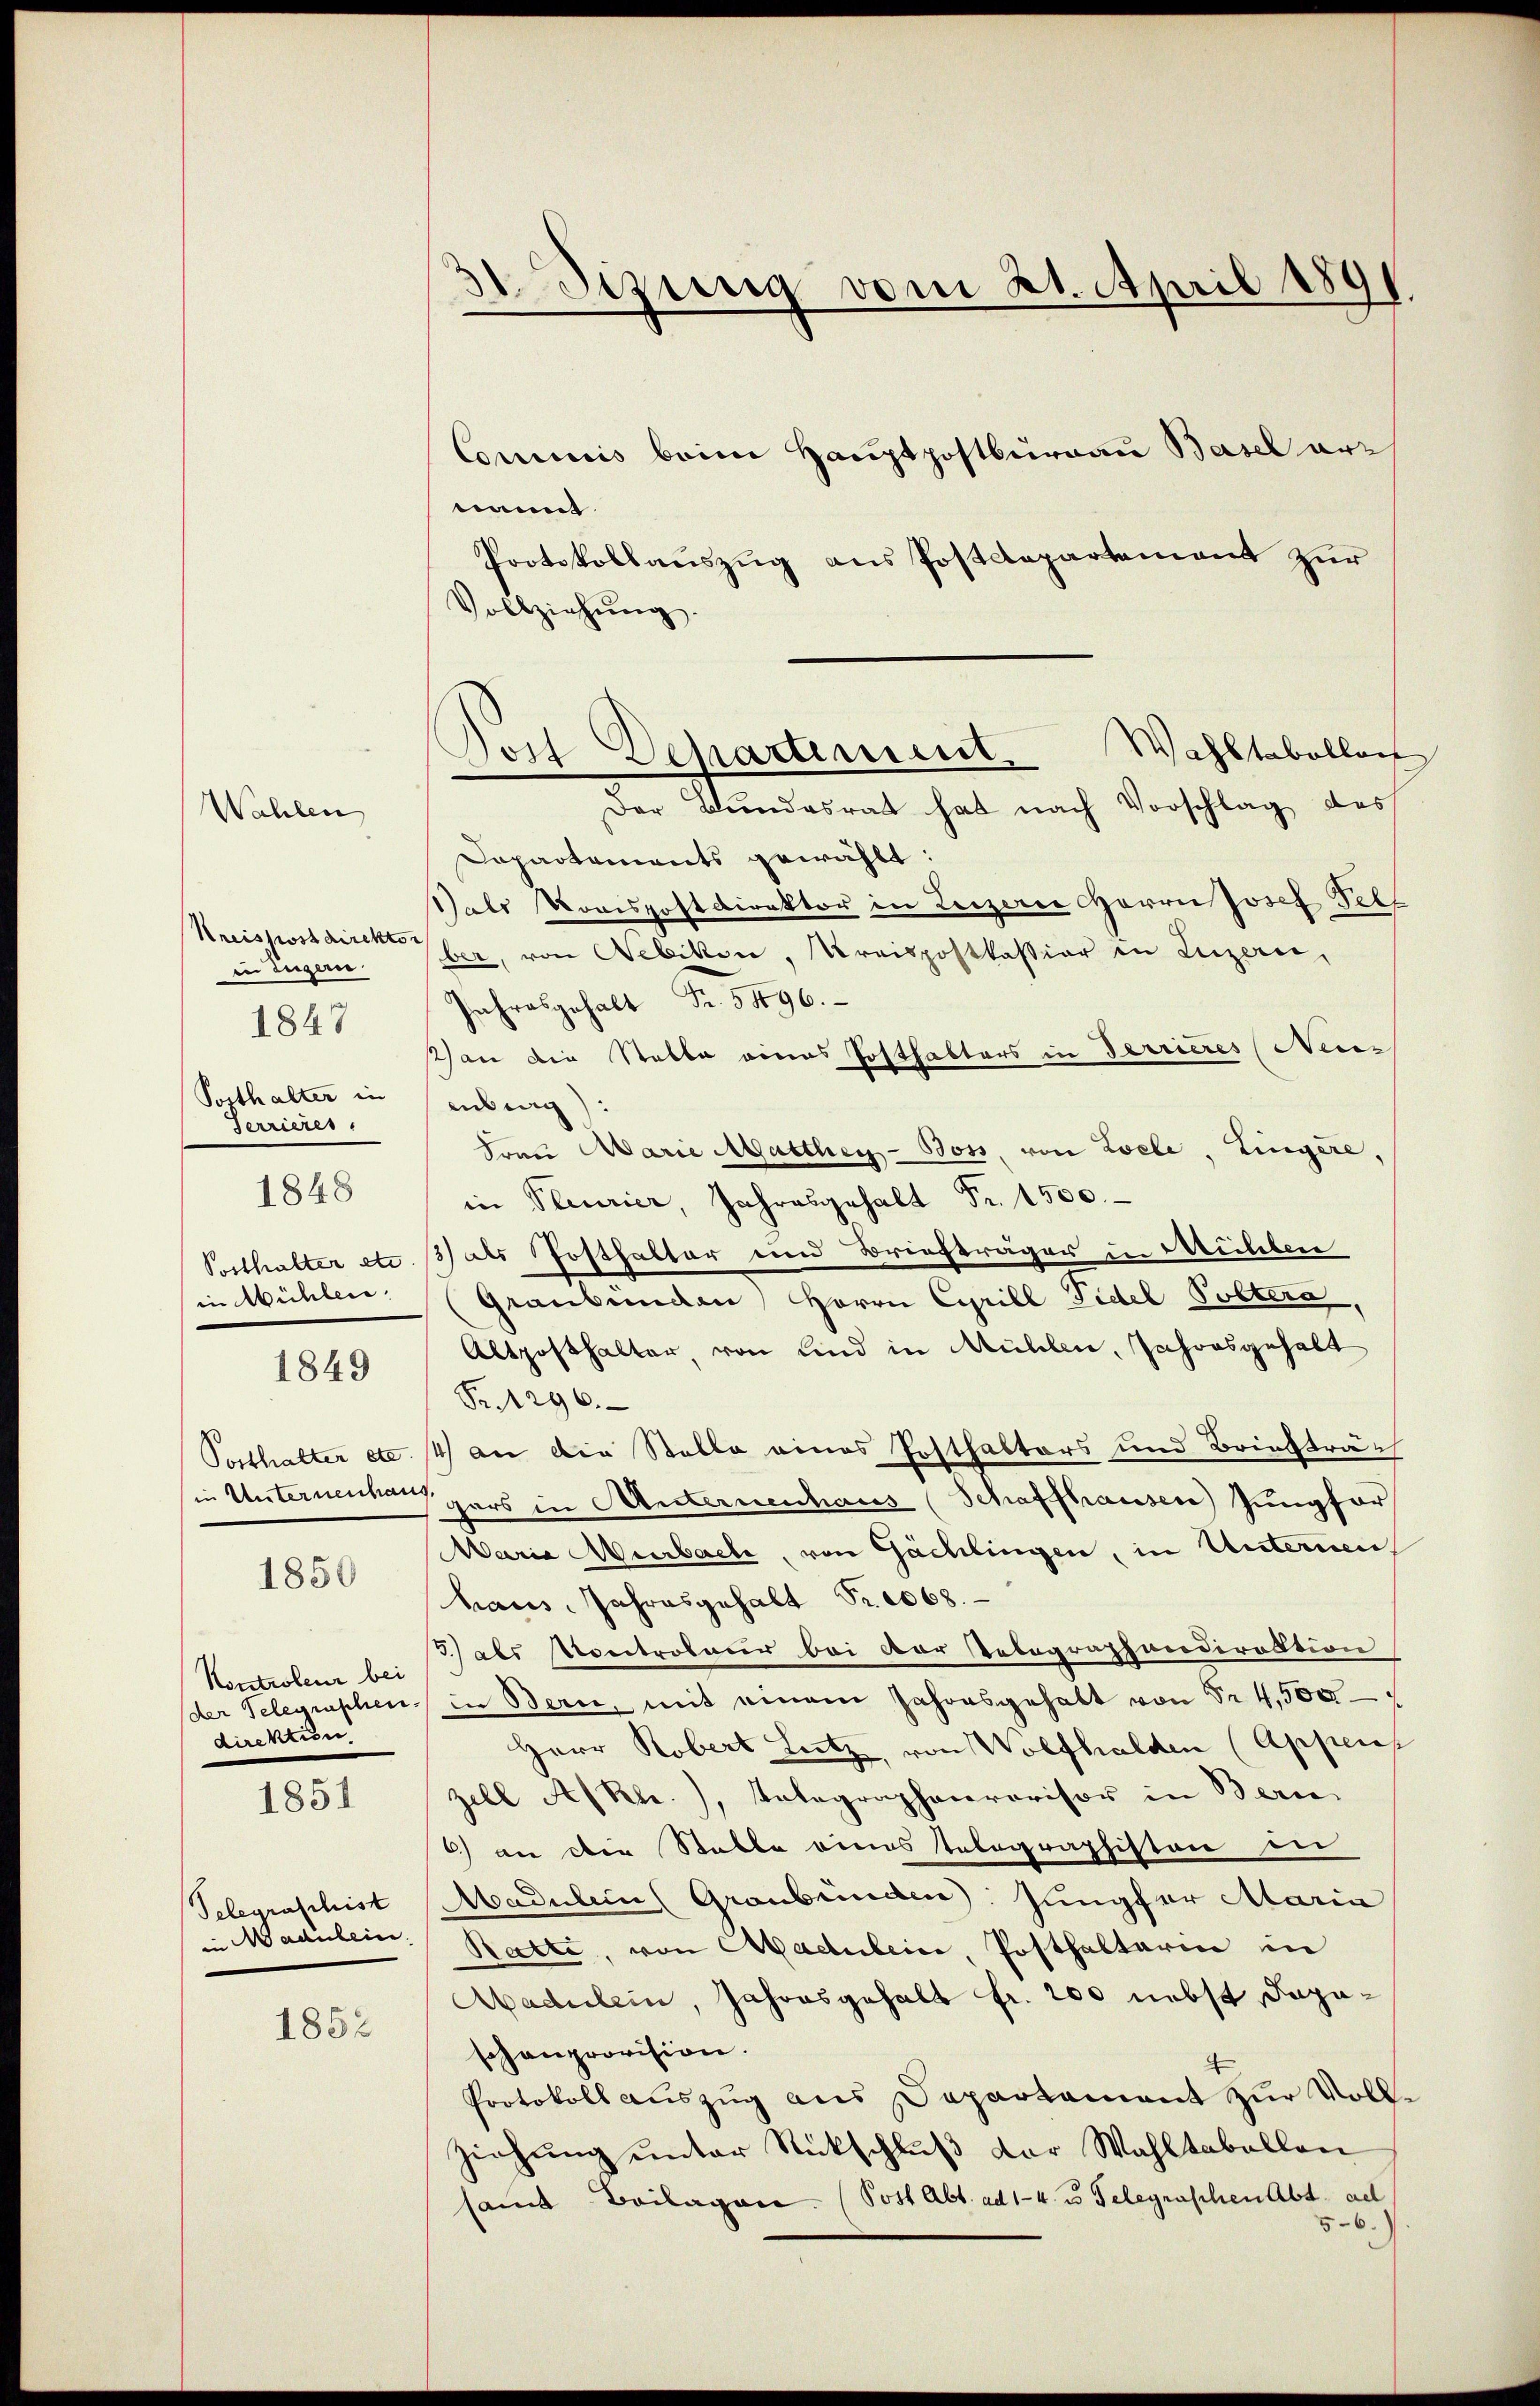
Wahlen,

in Eugen
Posthalter in
Serrieres.
1848
Posthalter etc.
in Mühlen.

1847

1849

1850

Kontroleur bei
der Telegraschen.
direktion.

1851

Telegraschist
adubein.

1852

Sizung vom 21. April 189

nannt.
Protokollaŭszŭg ans Postdepartement zŭr
Vollziehŭng.
Der Bundesrat hat nach Vorschlag dess
Dapartements gewählt:
Gals Komispostdirektor in Leizerie Herrn Josef Pel
Kreispostdirekte aber, von Nebikon, Kreispostkassion in Luzern,
Jahresgehalt Fr. 5496.
) an die Stalle eines Posthalters in Terrieres (Nein
enberg):
Frau Marie Matthey - Boss, von Loele Lingere,
in Pleurier, Jahresgehalt Fr. 1500.
3) als Posthalter und Briefträger in Müleben
Graubünden Herrn Cyrill Fidel Poltera
Altposthalter, von sind in Mühlen, Jahrosgehalt
Fr. 296.
Posthalter etc. 4 an die Stelle eines Posthalters und Briefträsie Unternennen gars in Unternenhaus (Schaffhausen Jungfer
Waria Murbache, von Gächlingen, in Unternen
haus. Jahresgehalt Fr. 1068.
3) als Kontroleur bei der Telegraphendirektion
in Bern, mit einem Jahresgehalt von Sr 4,500
Herr Robert Lutz von Wolfhalden (Appens
zell A/Rh., Telegraphenrovisor in Bern
) an die Stalle eines Telegraphiston in
Aadulein Graubünden Jungfer Maria
Ratte, von Aadulein Posthalterin in
Aadulein, Jahresgehalt fr. 200 nebst Sepaschanprovision.
Protokoll auszug aus Departament zŭr Vollziehung unter Rückschluß der Wahltabellen
same Beilagen. (Post Abt. ad 1-4. u. Telegraschen Abt. ad
56.)

Comminis beim Hauptpostburgau Basel arr

Wahltabellant
Peit Departement

e